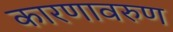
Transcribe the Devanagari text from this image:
कारणावरुण